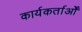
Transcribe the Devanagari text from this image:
कार्यकर्ताओँ